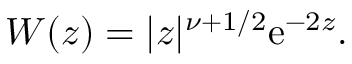
W ( z ) = | z | ^ { \nu + { 1 } / { 2 } } \mathrm { e } ^ { - 2 z } .